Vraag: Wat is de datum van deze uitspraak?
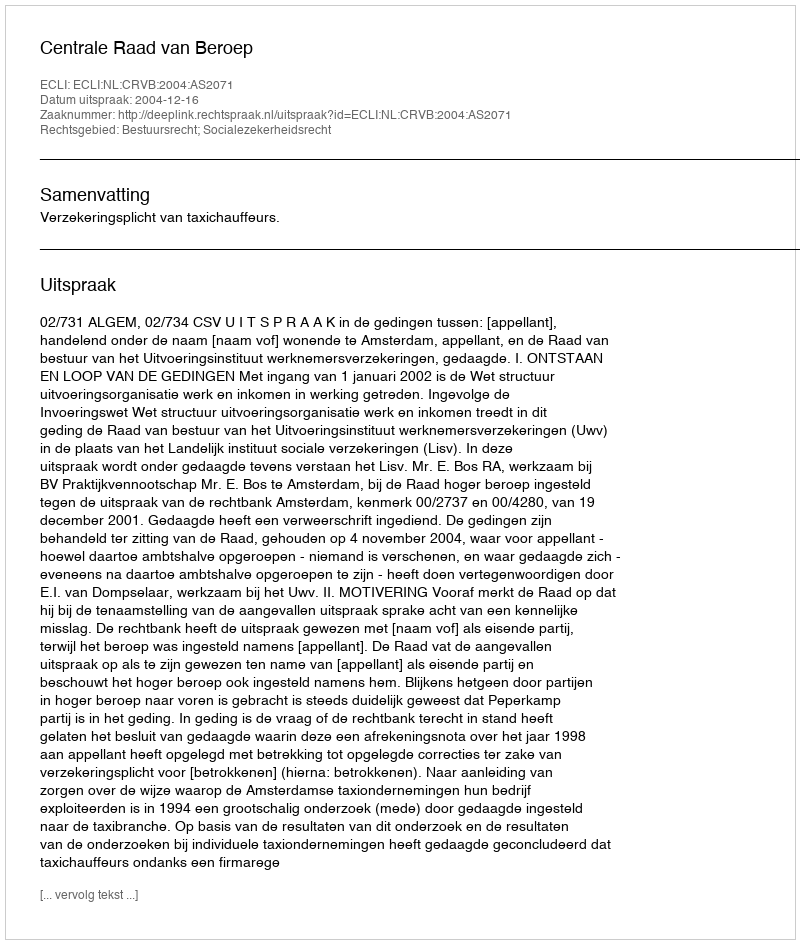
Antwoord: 2004-12-16